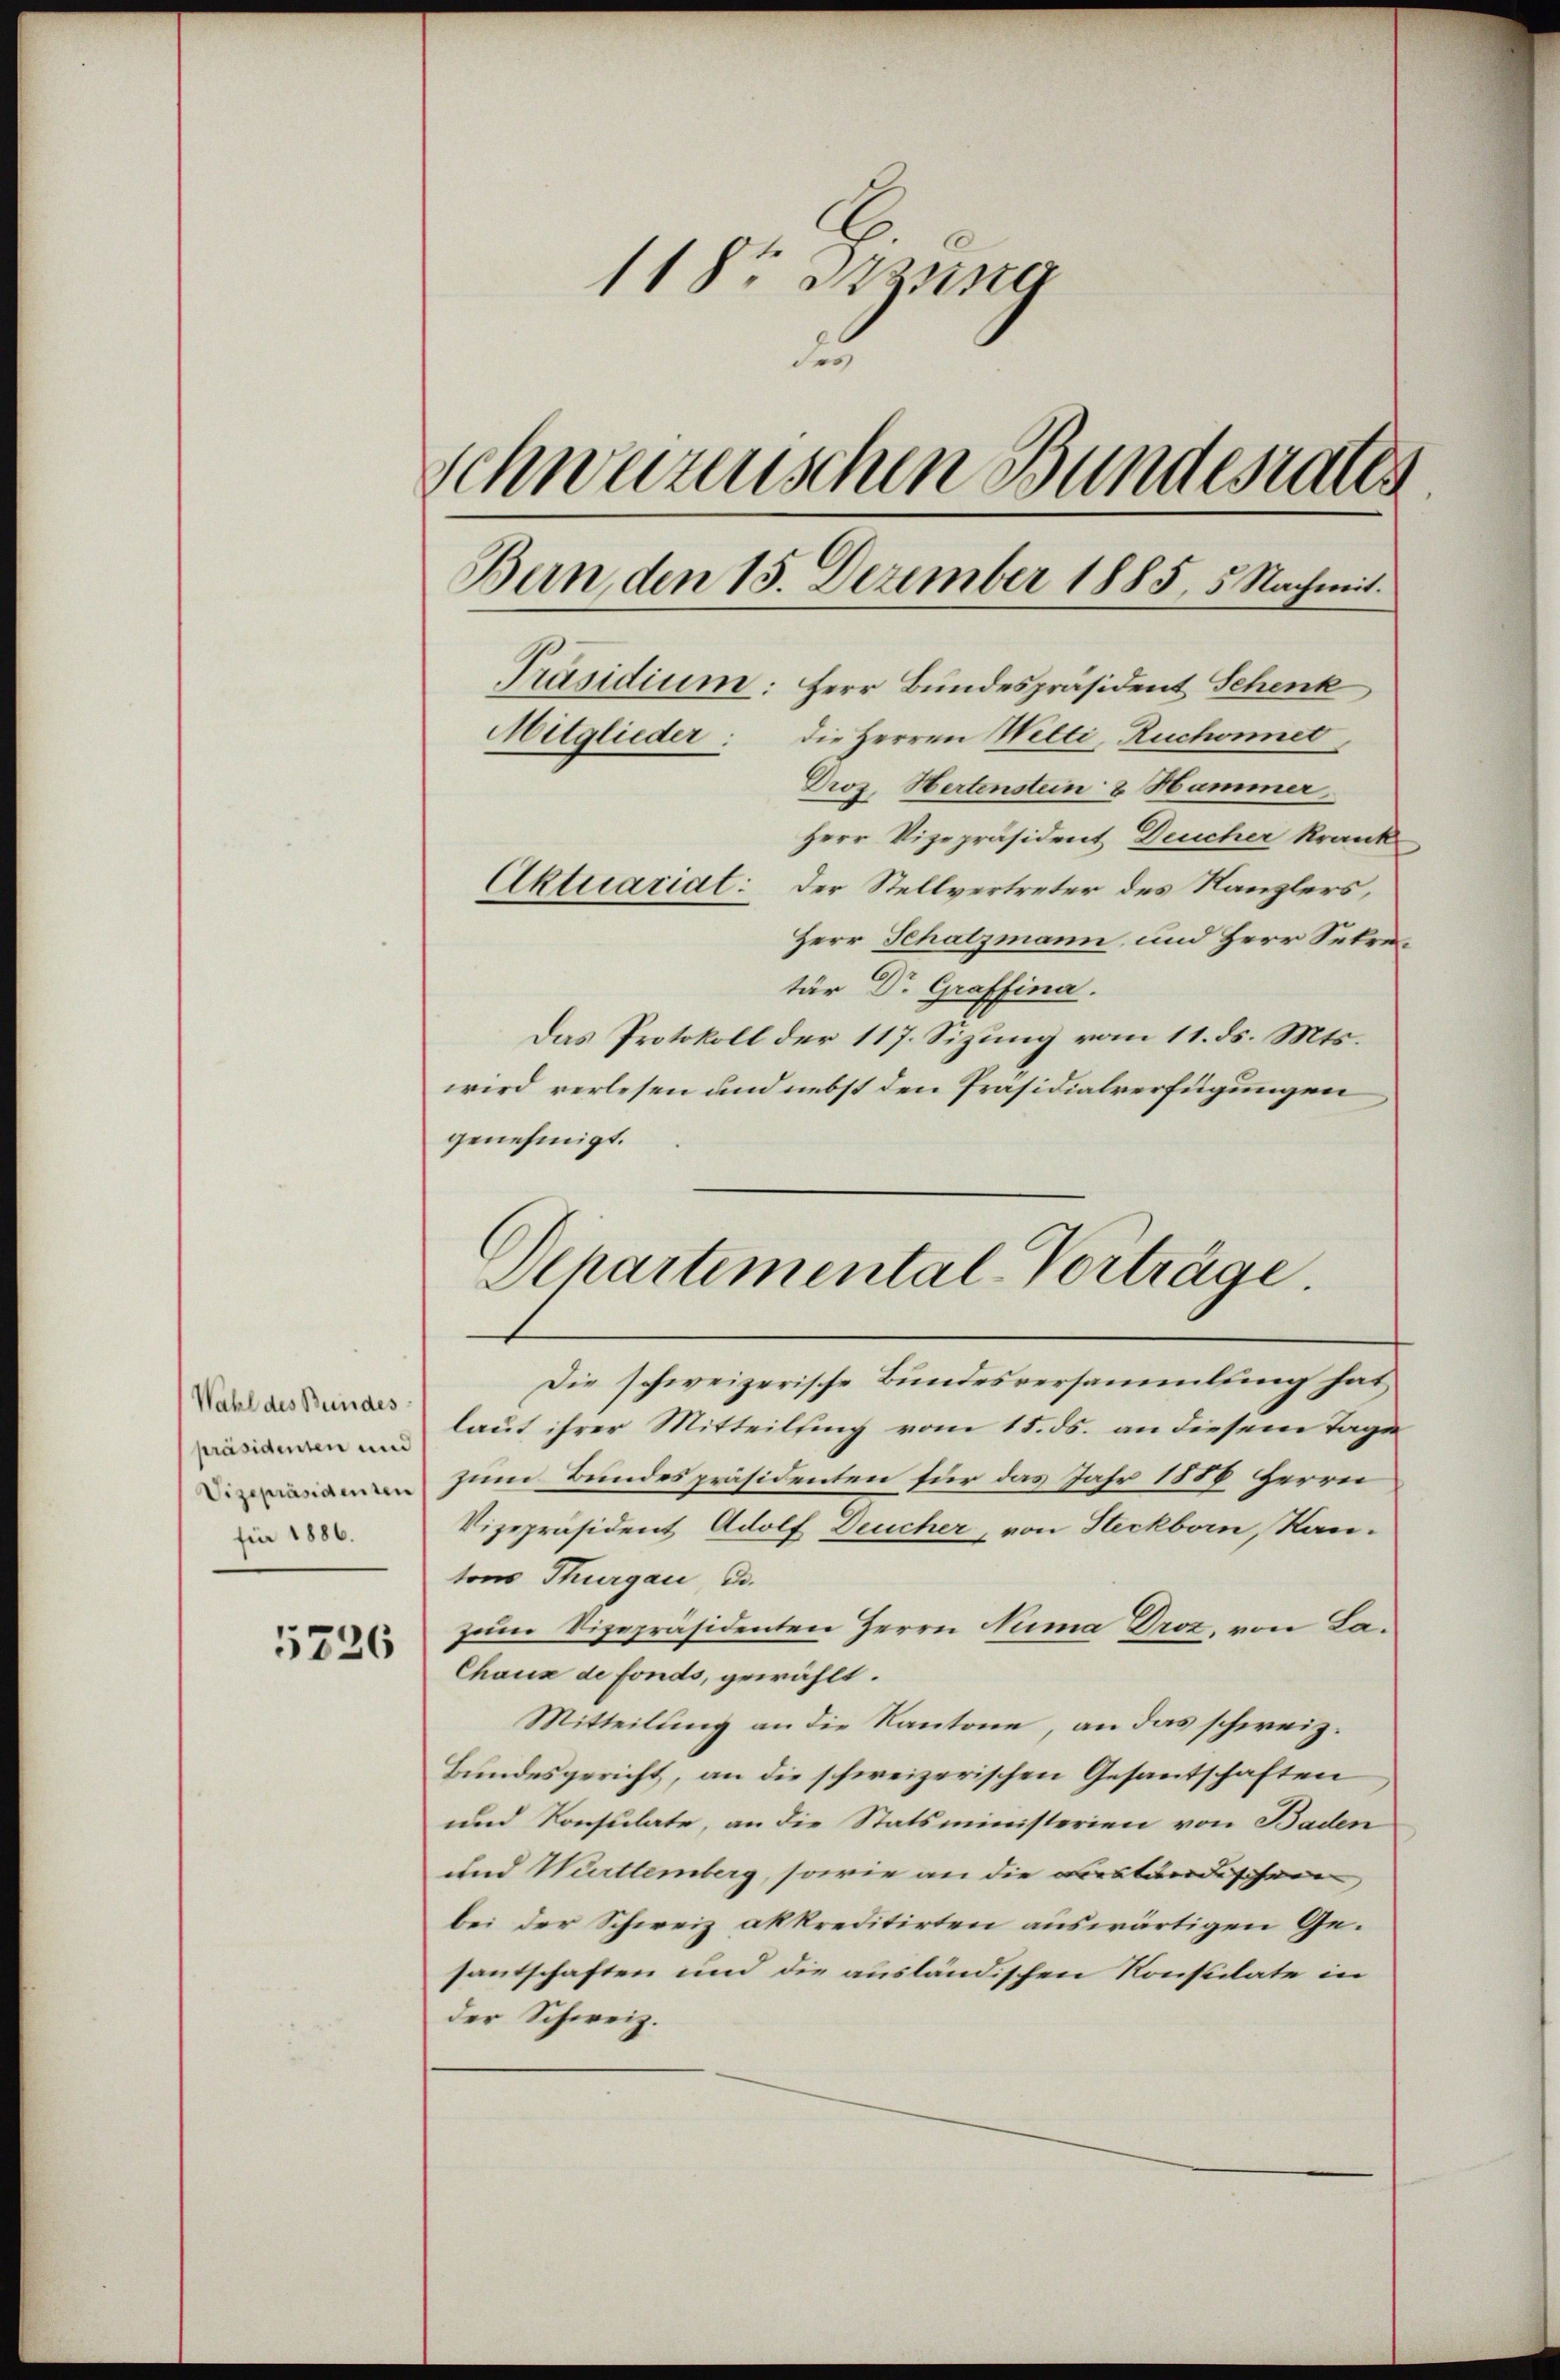
Wahl des Bundes
präsidenten und
Vizepräsidenten
für 1886.

5726

118t Sitzung
u
Schweizenschen wundesrates
Ban, den 15. Dezember 1885, 5. Nachmit
Präsidium: Herr Bundespräsident Schenk
Mitglieder: die Herren Welti, Ruchonnet,
Droz. Hertenstein 8 Hammer

Herr Vizepräsident Deucher krank
Aktuariat: Der Stellvertreter des Kanzlers,
Herr Schatzmann, und Herr Sekretär Dr. Graffina.
Das Protokoll der 117. Sizung vom 11. ds. Mts.
wird verlesen und nebst den Präsidialverfügungen
genehmigt.
Die schweizerische Bundesversammlung hat
laut ihrer Mitteilsing vom 15. ds. an diesem Tage
zum Bundespräsidenten für das Jahr 1889 Herrn
Vizepräsident Adolf Deucher, von Steckborn, Kan-
tons Thurgau d.
zum Vizepräsidenten Herrn Numa Proz. von La¬
Chaux de fonds, gewählt.
Mitteilung an die Kantone, an das schweiz.
Bundesgericht, an die schweizerischen Gesantschaften
und Konsulate, an die Statsministerien von Baden
und Württemberg, sowie an die Faständischen
bei der Schweiz akkreditirten auswärtigen Gesantschaften und die ausländischen Konstilate in
der Schweiz.

Departimental-Vorträge